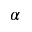
\alpha